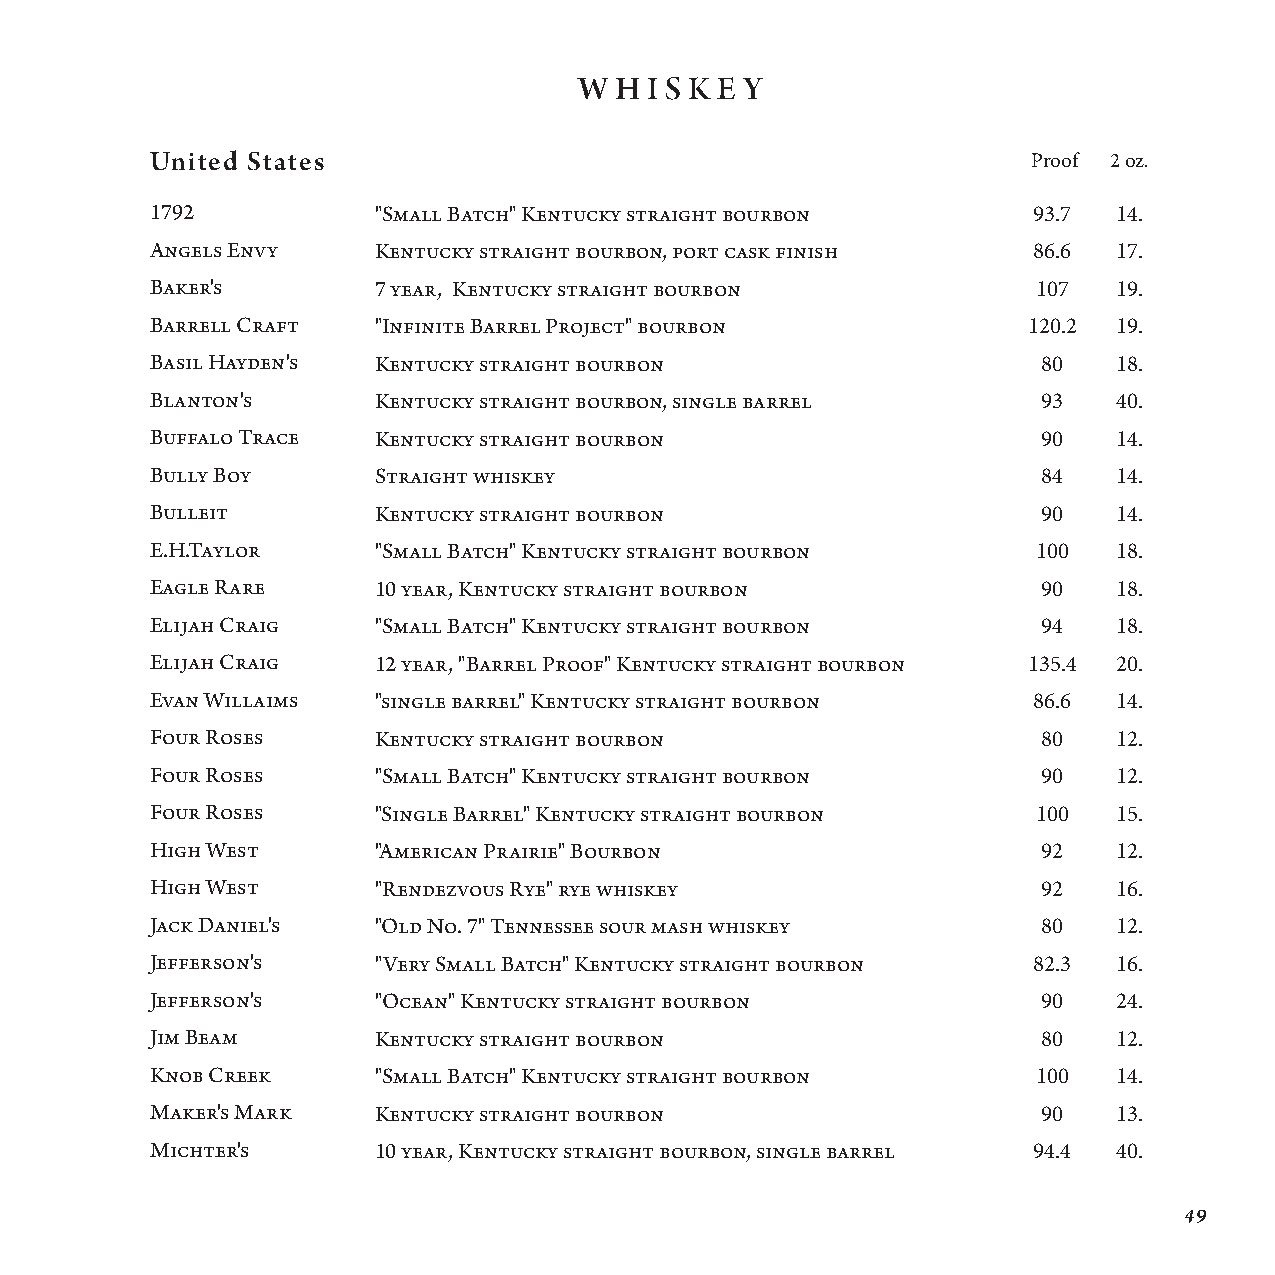
W  H I S K E Y
 United States                                             Proof 2 oz.
 1792           "Small Batch" Kentucky straight bourbon    93.7  14.
 Angels Envy    Kentucky straight bourbon, port cask finish 86.6 17.
 Baker's        7 year, Kentucky straight bourbon           107  19.
 Barrell Craft  "Infinite Barrel Project" bourbon          120.2 19.
 Basil Hayden's Kentucky straight bourbon                   80   18.
 Blanton's      Kentucky straight bourbon, single barrel    93   40.
 Buffalo Trace  Kentucky straight bourbon                   90   14.
 Bully Boy      Straight whiskey                            84   14.
 Bulleit        Kentucky straight bourbon                   90   14.
 E.H.Taylor     "Small Batch" Kentucky straight bourbon     100  18.
 Eagle Rare     10 year, Kentucky straight bourbon          90   18.
 Elijah Craig   "Small Batch" Kentucky straight bourbon     94   18.
 Elijah Craig   12 year, "Barrel Proof" Kentucky straight bourbon 135.4 20.
 Evan Willaims  "single barrel" Kentucky straight bourbon  86.6  14.
 Four Roses     Kentucky straight bourbon                   80   12.
 Four Roses     "Small Batch" Kentucky straight bourbon     90   12.
 Four Roses     "Single Barrel" Kentucky straight bourbon   100  15.
 High West      "American Prairie" Bourbon                  92   12.
 High West      "Rendezvous Rye" rye whiskey                92   16.
 Jack Daniel's  "Old No. 7" Tennessee sour mash whiskey     80   12.
 Jefferson's    "Very Small Batch" Kentucky straight bourbon 82.3 16.
 Jefferson's    "Ocean" Kentucky straight bourbon           90   24.
 Jim Beam       Kentucky straight bourbon                   80   12.
 Knob Creek     "Small Batch" Kentucky straight bourbon     100  14.
 Maker's Mark   Kentucky straight bourbon                   90   13.
 Michter's      10 year, Kentucky straight bourbon, single barrel 94.4 40.
 49